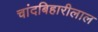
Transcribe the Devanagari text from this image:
चांदबिहारीलाल